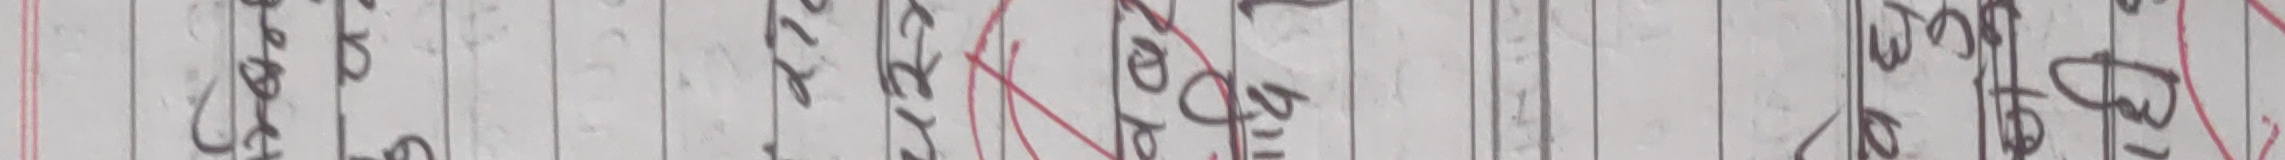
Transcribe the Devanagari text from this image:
काज लए अर्को गया